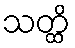
သတ္ထိ